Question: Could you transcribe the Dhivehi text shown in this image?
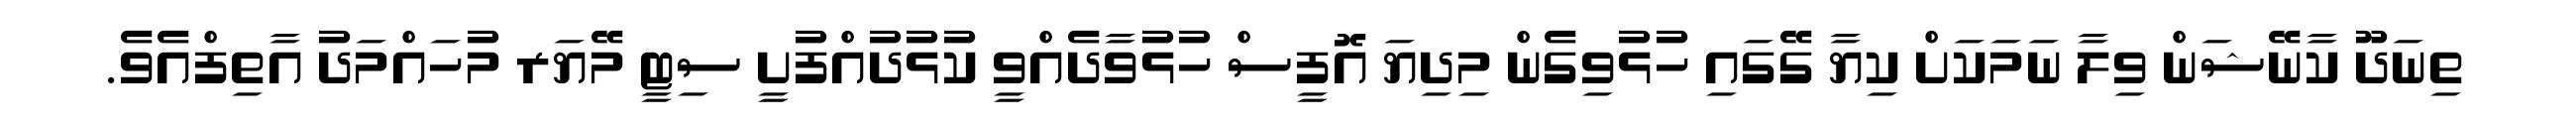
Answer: ތިނަދޫ ކާނޭޝަން ވިލާ ނަމަކަށް ކިޔާ ގޭގައި ހުޅުވިގެން މިދިޔަ އޮފީސް ހުޅުވާދެއްވީ ކުޅުދުއްފުށީ ސިޓީ މޭޔަރ މުހައްމަދު އާތިފްއެވެ.